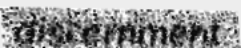
discernment